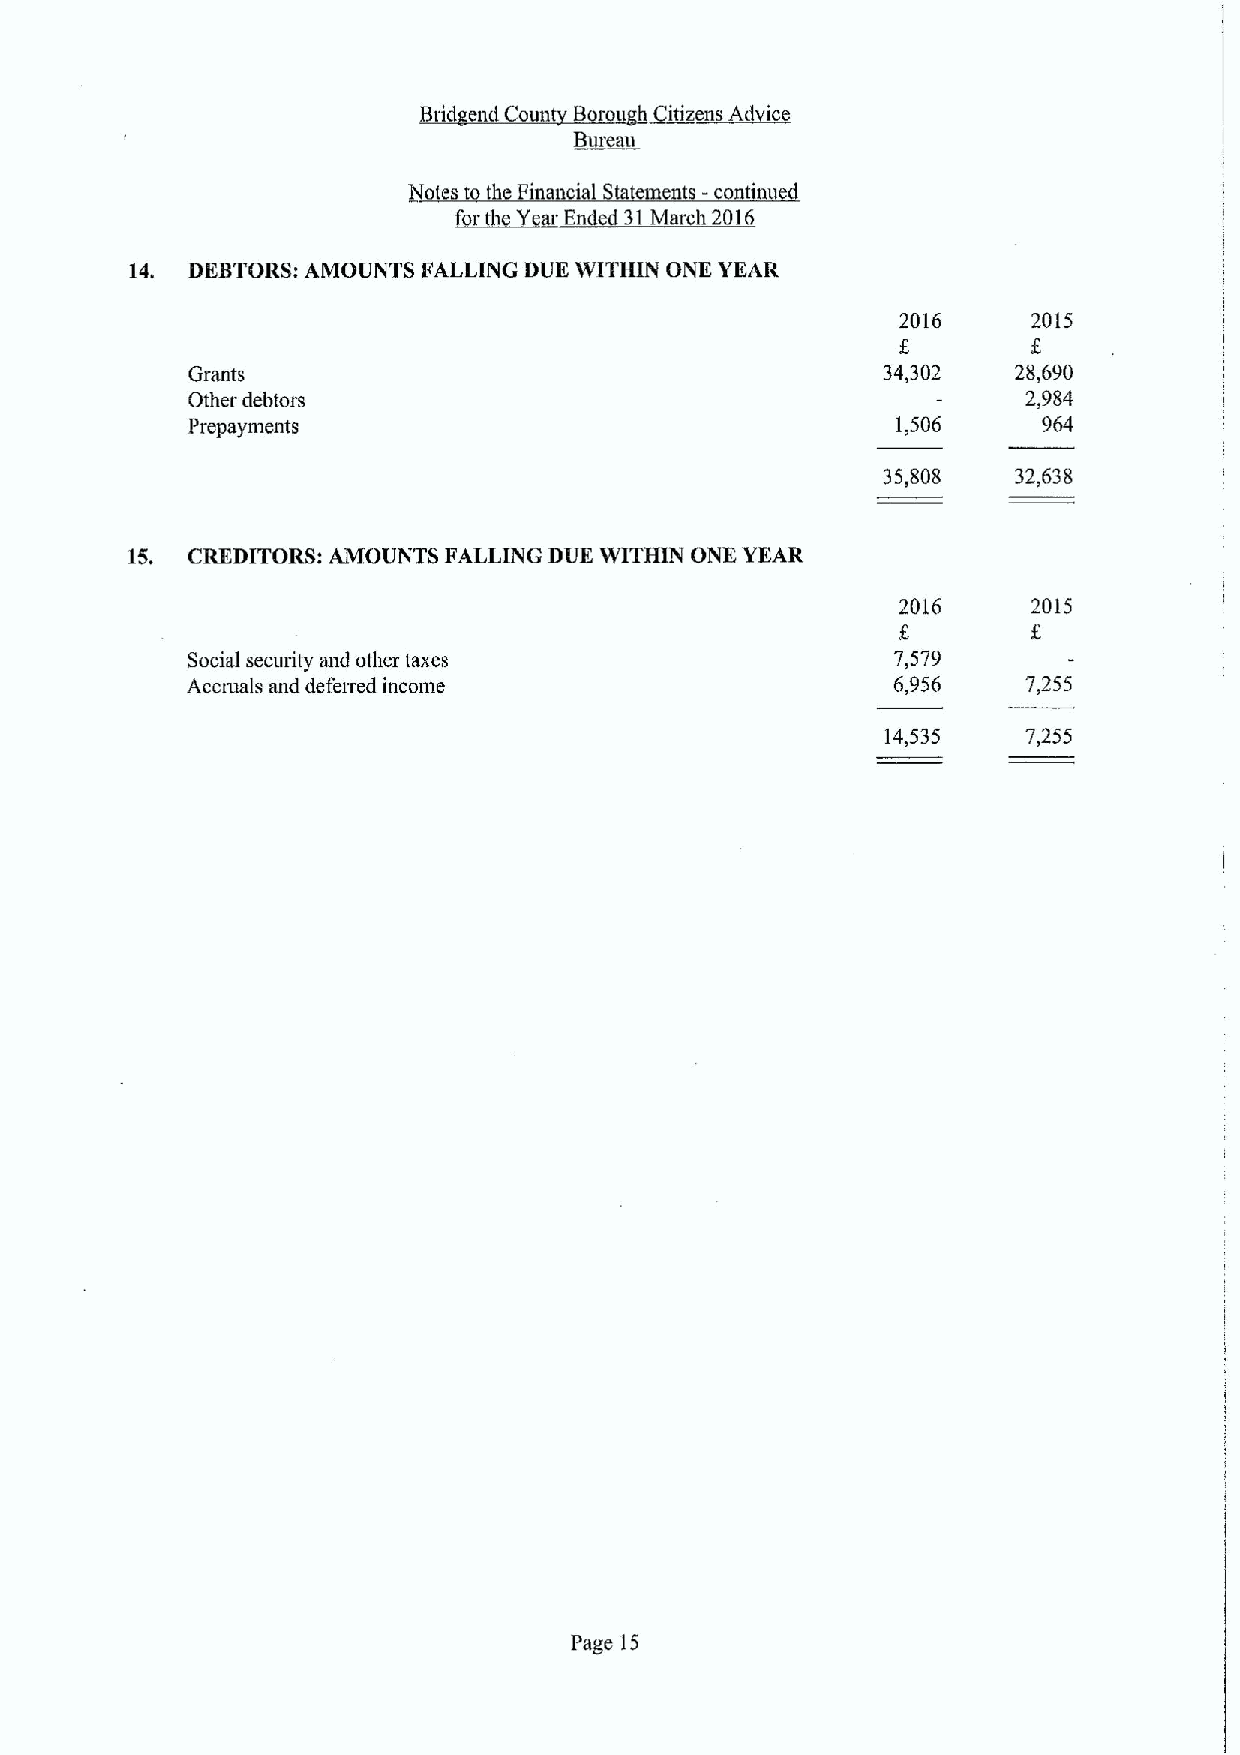
Brid end Coun  Citize~ns A& ice
 Bttrenu
 Notes to the Financial Sta ament -cont'n t
 ~r     En  31March 2016
 14. DEBTORS:AMOUNTS FALLING DUE WITHIN ONE YEAR
 2016    2015
 Grants                                        34,302   28,690
 Other debtors                                           2,984
 Prepayments                                    1,506     964
 35,808   32,638
 15. CREDITORS: AMOUNTS FALLING DUE WITHIN ONE YEAR
 2016    2015
 f.
 Social security and other taxes                7,579
 Accruals and deferred income                   6,956    7,255
 14,535   7,255
 Page 15